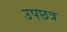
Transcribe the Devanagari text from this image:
उपछत्र